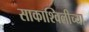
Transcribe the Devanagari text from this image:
साकाश्विलीच्या